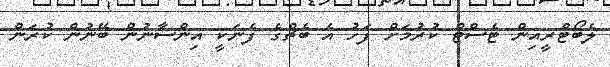
ލެބޯޓްރީއިން ޓެސްޓް ކުރުމަށް ފަހު އެ ބެޗްގެ ފެނަކީ އިންސާނުން ބޭނުން ކުރަން